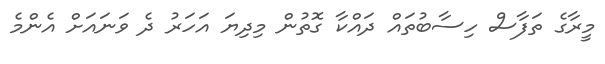
މީރާގެ ތަފާސް ހިސާބުތައް ދައްކާ ގޮތުން މިދިޔަ އަހަރު ދެ ވަނައަށް އެންމެ